Vital statistics of India. Vol. VI, European troops 1870-79
Year: 1870
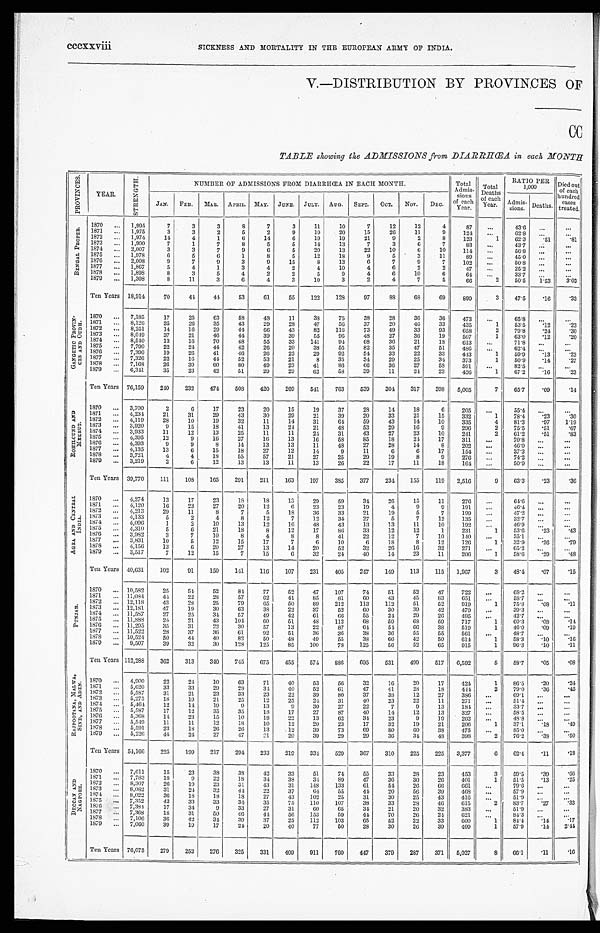
SICKNESS AND MORTALITY IN THE EUROPEAN ARMY OF INDIA.
V.—DISTRIBUTION BY PROVINCES OF
CC
TABLE showing the ADMISSIONS from DIARRHŒA in each MONTH
P R O V I N C E S .
YEAR.
S T R E N G T H .
NUMBER OF ADMISSIONS FROM DIARRHŒA IN EACH MONTH.
Total
Admis-
sions
of each
Year.
Total
Deaths
of each
Year.
RATIO PER
1,000
Died out
of each
hundred
cases
treated.
JAN. FEB. MAR. APRIL. MAY. JUNE. JULY. AUG. SEPT. OCT. NOV. DEC.
Admis-
sions.
D e a t h s .
B E N G A L P R O P E R .
1870
. . . 1,995
7
3
3
8
7
3
11
10
7
12
12
4
87
...
43.6 ...
. . .
1871 ... 1,975
3
3
2
5
2
9
19
20
15
26
11
9
124
...
62.8 ...
. . .
1872
. . . 1,974
14
4
1
6
14
6
19
19
21
9
2
8
123
1
62.3
. 5 1
. 8 1
1873 ... 1,900
7
1
7
8
5
5
14
13
7
3
6
7
83
...
43.7 ...
. . .
1874 ... 2,007
3
3
7
9
6
5
20
13
22
10
6
10
114
. . .
56.8
. . .
. . .
1875
. . . 1,978
6
5
6
1
8
5
12
18
9
5
3
11
89
. . .
45.0 ...
...
1876 ... 2,008
9
7
9
3
9
15
8
13
6
7
9
7
102
...
...
50.8
...
. . .
1877 ... 1,867
5
4
1
3
4
2
4
10
4
6
2
2
47
...
25.2
. . . ...
1878 ... 1,898
8
3
5
4
2
2
5
9
4
6
10
6
64
. . .
33.7
... ...
1879
. . . 1,308
8
11
3
6
4
3
10
3
2
4
7
5
66
2
50.5 1.53
3.03
Ten Years 18,914
70
44
44
53
61
55
122
128
97
88
6 8
69
899
3
47.5
. 1 6
. 3 3
G A N G E T I O P R O V I N -
C E S A N D O U D H . 1870 ... 7,185
17
25
63
58
48
11
38
75
38
28
36
36
473
...
65.8 ...
...
1871 ... 8,126
35
26
35
43
29
28
47
56
37
20
46
33
435
1
53.5
. 1 2 .23
1872
. . . 8,251
14
16
29
44
66
43
82
116
73
49
33
93
658
2
79.8
. 2 4
. 3 0
1873 ... 8,049
37
21
46
44
39
39
55
96
48
27
36
19
507
1
63.0
. 1 2
. 2 0
1874 ... 8,540
13
16
70
48
55
33
141
94
68
36
21
18
613
...
71.8 ...
...
1875 ... 7,790
22
24
44
42
26
20
38
55
82
35
47
51
486
. . .
62.4 ...
...
1876 ... 7,390
19
26
41
46
26
22
29
92
54
33
22
33
443
1
59.9
. 1 3
. 2 3
1877
. . . 7,326
22
16
44
52
53
21
8
35
34
29
25
34
373
1
50.9
. 1 4
. 2 7
1878 ... 7,168
26
39
60
80
49
23
41
86
66
36
27
58
591
...
82.5 ...
. . .
1879
. . . 6,341
35
23
42
51
29
29
62
58
39
11
24
23
426
1
67.2
. 1 6
. 2 3
Ten Years 76,159
240
232
474 508
420
269
541
763
539
304
317
398
5,005
7
65.7
. 0 9
. 1 4
R O H I L C U N D A N D
M E E R U T .
1870 ... 3,700
2
6 17
23
20
15
19
37
28
14
18
6
205
. . . 55.4
...
...
1871 ... 4,234
21
31
29
43
30
29
21
39
20
33
21
15
332
1
78.4
. 2 3
. 3 0
1872 ... 4,119
28
10
19
32
11
14
31
64
59
43
14
10
335
4
81.3
. 9 7 1.19
1873 ... 3,920
9
15
18
41
13
24
21
48
53
29
16
9
296
2
75.5
. 5 1
. 6 7
1874 ... 3,933
11
12
13
25
11
11
24
31
43
27
23
10
241
2
61.2
. 5 1
. 8 3
1875 ... 4,395
12
9 16
27
16
13
16
58
85
18
24
17
311
. . . 70.8 ...
...
1876 ... 4,393
9
9
8
14
13
13
11
48
27
28
14
8
202
...
46.0
...
...
1877 ... 4,135
13
6
15
1 8
27
12
14
9
11
6
6
17
154
...
37.3
...
...
1878 ... 3,721
4
4
18
55
57
21
27
25
29
19
8
9
276
...
74.2
... ...
1879 ... 3,219
2
6 12
13
13
11
13
26
22
17
11
18
164
...
50.9
...
...
Ten Years 39,770
111
108 165
291
211
163
197
385
377
234
155
119 2,516
9 63.3
. 2 3
. 3 6
A G R A A N D C E N T R A L
I N D I A .
1870 ... 4,274
13
17
23
18
18
13
29
59
34
26
15
11
276
. . . 64.6
...
...
1871 ... 4,120
16
23
27
20
12
6
23
23
19
4
9
9
191
...
46.4
. . . ...
1872 ... 4,213
29
11
8
7
5
18
36
33
21
19
5
7
199
...
47.2
... ...
1873 ... 4,133
5
2
4
8
12
7
12
34
27
5
7
12
135
. . .
32.7
. . .
. . .
1874 ... 4,096
1
2
10
13
12
16
48
43
13
13
11
10
192
...
46.9
. . . ...
1875
. . . 4,310
5
6
21
18
8
12
17
86
33
12
12
1
231
1
53.6
. 2 3
. 4 3
1876 ... 3,982
3
7
10
8
4
8
8
41
22
12
7
10
140
...
35.1 ...
...
1877 ... 3,831
10
5
12
15
17
7
6
10
6
18
8
12
126
1
32.9
. 2 6
. 7 9
1878
. . . 4 156
13
6
20
27
13
14
20
52
32
26
16
32
271
. . . 65.2 ...
...
1879 ... 3,517
7
12
15
7
15
6
32
24
40
14
23
11
206
...
58.6
. 2 9
. 4 8
Ten Years 40,631
102
01
150
141
116
107
231
405
247
149
113
115 1,967
3
48.4
. 0 7
. 1 5
P U N J A B .
1870 ... 10,582
25
54
52
84
77
52
47
107
74
51
52
47
722
. . .
68.2
...
...
1871
. . . 11,084
44
22
28
57
62
41
85
81
60
43
45
83
651
...
58.7
. . . ...
1872 ... 12,118
43
28
25
79
65
50
89
212
113
112
51
52
919
1
75.8
. 0 8
. 1 1
1873 ... 12,181
47
19
30
63
38
22
37
52
60
30
39
42
479
...
39.3 ...
...
1874 ... 11,587
27
25
34
57
49
42
61
66
55
24
29
26
495
...
42.7
. . . ...
1875
. . . 11,888
24
21
43
104
60
51
48
112
68
59
68
59
717
1
60.3
. 0 8
. 1 4
1876 ... 11,295
35
31
22
30
57
13
22
87
64
54
6 6
38
519
1
46.0
. 0 9
. 1 9
1877 ... 11,522
28
37
36
61
92
51
36
36
38
36
55
55
561
...
48.7 ...
...
1878
. . . 10,524
50
44
40
82
50
48
49
55
38
66
42
50
614
1
58.3
. 1 0
. 1 6
1879 ... 9,507
39
32
30
128
125
85
100
78
125
56
52
65
915
1
96.3
. 1 0 .11
Ten Years 112,288
362
313
340
745
675
455
574
8 8 6 695
531
499
517 6,592
5
58.7
. 0 5
. 0 8
R A J P O O T A N A , M A L W A ,
S I N D , A N D A D E N .
1870 ... 4,900
22
24
10
63
71
40
53
56
32
16
20
17
424
1
86.5
. 2 0
. 2 4
1871 ... 5,620
33
33
29
28
34
40
52
61
47
41
28
18
444
2
79.0
. 3 6
. 4 5
1872 ... 5,587
31
21
23
33
23
22
39
80
37
38
12
27
386
...
69.1 ...
...
1873 ... 5.275
18
19
21
25
12
25
24
31
40
23
22
11
271
. . .
51.4 ...
...
1874
. . . 5,464
12
14
19
9
13
9
30
27
22
7
9
13
184
...
33.7
. . . ...
1875 ... 5,587
17
12
35
35
18
17
27
87
40
14
12
13
327
...
58.5 ...
...
1876 ... 5,368
14
23
15
10
18
22
13
62
34
23
9
19
262
. . .
48.8 ...
...
1877
. . . 5,549
11
11
12
18
10
12
20
23
17
32
19
21
206
1
37.1
.18
. 4 9
1878 ... 5,591
23
18
26
26
13
12
39
73
69
80
60
38
475
...
85.0 ...
...
1879 ... 5,226
44
24
27
47
21
20
39
29
29
36
34
48
398
2
76.2
. 3 8
. 5 0
Ten Years 54,166
225
199
217
294
233
219
334 529
367
310
225
225 3,377
6
62.4
. 1 1 .18
D E C C A N A N D
N A G P O R E .
1870 ... 7,611
15
23
38
38
42
33
51
74
55
33
28
23
453
3
59.5 .39
. 6 6
1871 ... 7,783
18
9
22
18
34
38
34
89
47
36
30
26
401
1
51.5
. 1 3
. 2 5
1872 ... 8,307
26
19
23
31
43
31
148
133
61
54
26
66
661
. . . 79.6 ...
...
1873 ... 8,082
31
24
32
44
22
37
64
55
44
20
56
39
468
...
57.9 ...
. . .
1874 ... 8,022
36
1 8 1 8
1 8
27
43
102
2 5
31
30
2 5
43
416
...
51.9
. . . ...
1875 ... 7,352
43
33
33
34
35
7 5
1 1 0
1 0 7
3 8
3 3
2 846
6 1 5
2
83.7
. 2 7
. 3 3
1876 ... 7,384
17
34
9
33
27
31
60
65
34
21
20
32
383
. . .
51.9
. . .
...
1877 ... 7,368
18
31
50
46
44
56 153
59
44
70
26
24
621
...
84.3
...
...
1878 ... 7,106
36
42
34
39
37
25
112
103
65
52
22
33
600
1
84.4
. 1 4
. 1 7
1879 ... 7,060
39
19
17
24
20
40
77
50
28
30
26
39
409
1
57.9
.14 2.44
Ten Years 76,075
279
252
276
325
331
409
911
760
447
379
287
371 5,027
8
66.1
.11
.16